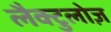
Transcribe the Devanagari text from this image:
लैक्टुलोज़